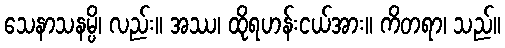
သေနာသနမ္ပိ၊ လည်း။ အဿ၊ ထိုရဟန်းငယ်အား။ ကိတရာ၊ သည်။